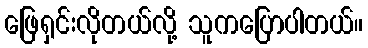
ဖြေရှင်းလိုတယ်လို့ သူကပြောပါတယ်။